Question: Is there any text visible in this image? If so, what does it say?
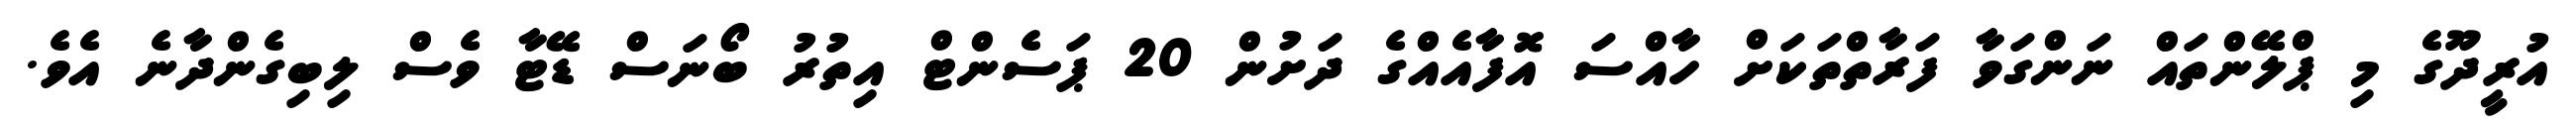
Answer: އުރީދޫގެ މި ޕްލޭންތައް ނަންގަވާ ފަރާތްތަކަށް ހާއްސަ އޮފާއެއްގެ ދަށުން 20 ޕަސެންޓް އިތުރު ބޯނަސް ޑޭޓާ ވެސް ލިބިގެންދާނެ އެވެ.